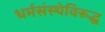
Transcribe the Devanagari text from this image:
धर्मसंस्थेविरूद्ध